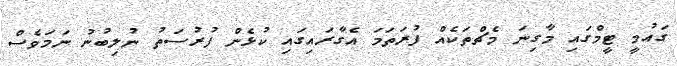
ގައުމީ ޓީމްގައި މާގިނަ މެޗްތަކެއް ފުރަތަމަ އެގާރައިގައި ކުޅެން ފުރުސަތު ނުލިބުނު ނަމަވެސް